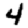
Digit: 4